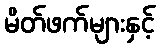
မိတ်ဖက်များနှင့်